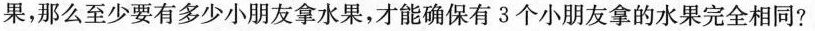
果，那么至少要有多少小朋友拿水果，才能确保有3个小朋友拿的水果完全相同?